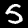
Label: 5